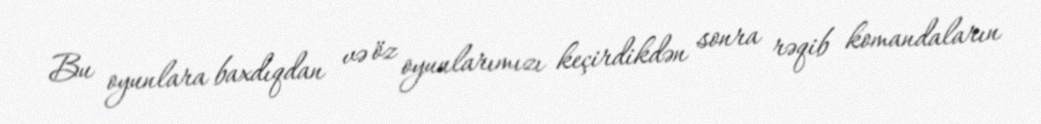
Bu oyunlara baxdıqdan və öz oyunlarımızı keçirdikdən sonra rəqib komandaların